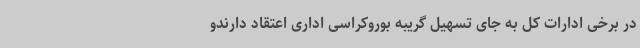
در برخی ادارات کل به جای تسهیل گریبه بوروکراسی اداری اعتقاد دارندو